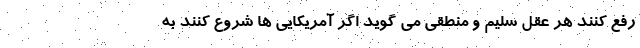
رفع کنند هر عقل سلیم و منطقی می گوید اگر آمریکایی ها شروع کنند به